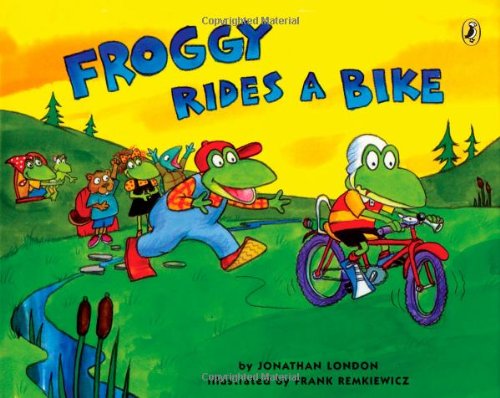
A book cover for Froggy Rides a Bike; Jonathan London; Children's Books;